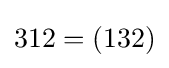
312=(132)